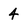
Character: 4